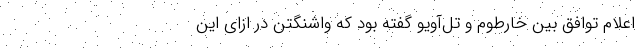
اعلام توافق بین خارطوم و تل‌آویو گفته بود که واشنگتن در ازای این